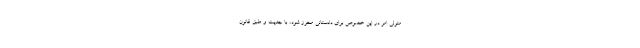
متولی امر در این خصوص برای دادستانی محرز شود، با جدیت و طبق قانون